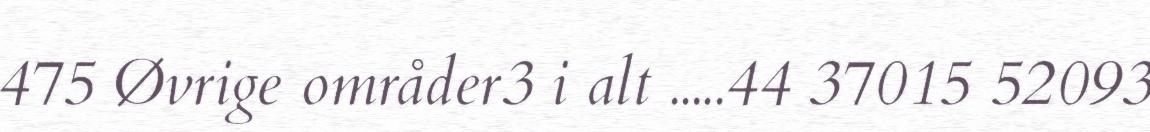
475 Øvrige områder3 i alt .....44 37015 52093